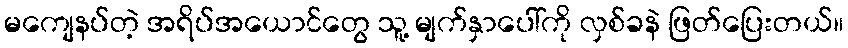
မကျေနပ်တဲ့ အရိပ်အယောင်တွေ သူ့ မျက်နှာပေါ်ကို လှစ်ခနဲ ဖြတ်ပြေးတယ်။